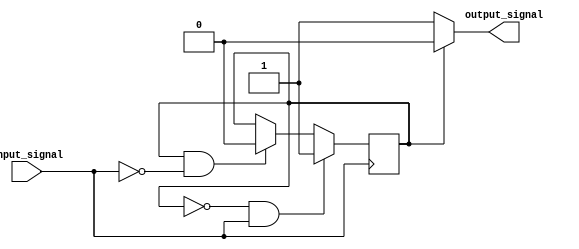
module Schmitt_trigger_inverter(
    input wire input_signal,
    output reg output_signal
);

reg input_filtered;

// Schmitt Trigger Logic
always @ (posedge input_signal)
begin
    if (input_filtered == 1'b0 && input_signal == 1'b1) begin
        input_filtered <= 1'b1;
    end else if (input_filtered == 1'b1 && input_signal == 1'b0) begin
        input_filtered <= 1'b0;
    end
end

// Inverter Logic
always @ (*)
begin
    if (input_filtered == 1'b1) begin
        output_signal <= 1'b0;
    end else begin
        output_signal <= 1'b1;
    end
end

endmodule